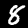
Digit: 8